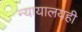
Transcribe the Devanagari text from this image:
न्यायालयही